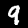
Label: 9